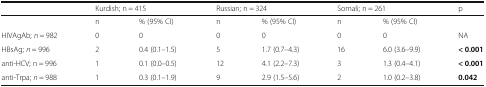
<table><thead><tr><td></td><td colspan="2"><b>Kurdish; n = 415</b></td><td colspan="2"><b>Russian; n = 324</b></td><td colspan="2"><b>Somali; n = 261</b></td><td><b>p</b></td></tr></thead><tbody><tr><td></td><td>n</td><td>% (95% CI)</td><td>n</td><td>% (95% CI)</td><td>n</td><td>% (95% CI)</td><td></td></tr><tr><td>HIVAgAb; <i>n</i> = 982</td><td>0</td><td>0</td><td>0</td><td>0</td><td>0</td><td>0</td><td>NA</td></tr><tr><td>HBsAg; <i>n</i> = 996</td><td>2</td><td>0.4 (0.1–1.5)</td><td>5</td><td>1.7 (0.7–4.3)</td><td>16</td><td>6.0 (3.6–9.9)</td><td><b>&lt; 0.001</b></td></tr><tr><td>anti-HCV; n = 996</td><td>1</td><td>0.1 (0.0–0.5)</td><td>12</td><td>4.1 (2.2–7.3)</td><td>3</td><td>1.3 (0.4–4.1)</td><td><b>&lt; 0.001</b></td></tr><tr><td>anti-Trpa; <i>n</i> = 988</td><td>1</td><td>0.3 (0.1–1.9)</td><td>9</td><td>2.9 (1.5–5.6)</td><td>2</td><td>1.0 (0.2–3.8)</td><td><b>0.042</b></td></tr></tbody></table>